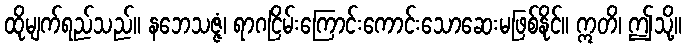
ထိုမျက်ရည်သည်။ နဘေသဇ္ဇံ၊ ရာဂငြိမ်းကြောင်းကောင်းသောဆေးမဖြစ်နိုင်။ ဣတိ၊ ဤသို့။